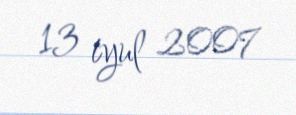
13 iyul 2007